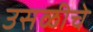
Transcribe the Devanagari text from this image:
उसळीचे